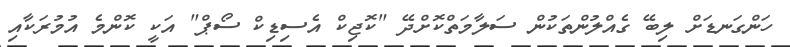
ހަންގަނޑަށް ލިބޭ ގެއްލުންތަކުން ސަލާމަތްކޮށްދޭ "ކޮޖިކް އެސިޑިކް ސޯޕް" އަކީ ކޮންމެ އުމުރަކާއި